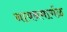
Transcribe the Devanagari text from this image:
नायनमार्गळ